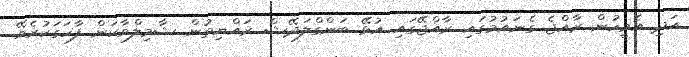
އަދި އެމީހުން ރާއްޖެ ގެނައުމުގައި ރާއްޖޭގައި އުޅޭ ބަންގްލަދޭޝް ރައްޔިތުން ޝާމިލްވާކަން ފާހަގަކުރެވޭ